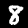
Digit: 8